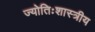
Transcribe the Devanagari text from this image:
ज्योतिःशास्त्रीय